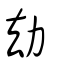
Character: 劫